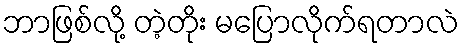
ဘာဖြစ်လို့ တဲ့တိုး မပြောလိုက်ရတာလဲ